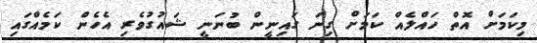
މިކަމަށް އޮތް ހައްލެއް ކަމަށް ގިނަ ގައިނީން ބުނަނީ ޝައުގުވެރި އެހެން ކަމެއްގައި